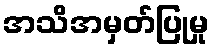
အသိအမှတ်ပြုမှု